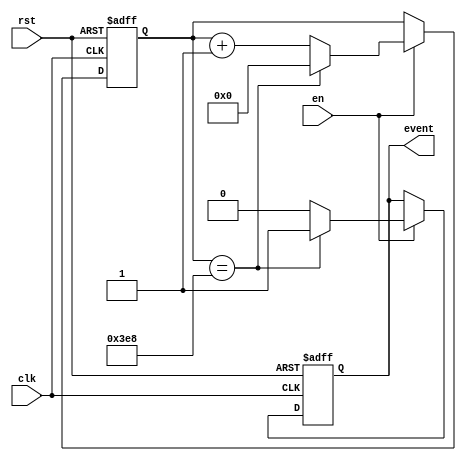
module event_timer (
    input wire clk,
    input wire rst,
    input wire en,
    output reg event
);

reg [15:0] counter;
parameter TIMER_VALUE = 1000; // Define the period of the timer in clock cycles

always @(posedge clk or posedge rst) begin
    if(rst) begin
        counter <= 0;
        event <= 0;
    end else if(en) begin
        counter <= counter + 1;
        if(counter == TIMER_VALUE) begin
            counter <= 0;
            event <= 1;
        end else begin
            event <= 0;
        end
    end
end

endmodule